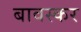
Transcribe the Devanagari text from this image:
बावस्कर